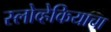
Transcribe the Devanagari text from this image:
स्लोव्हेकियाचा